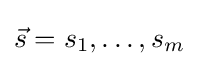
{\vec {s}}=s_{1},\ldots ,s_{m}